Vaccine operations Central Provinces 1868-1885 - 1868-1885
Year: 1868
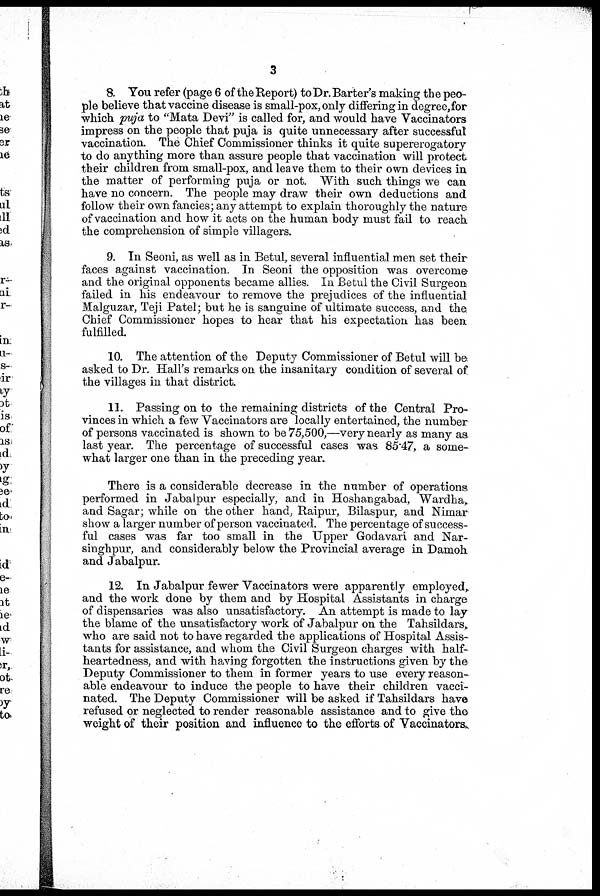
3
8. You refer (page 6 of the Report) to Dr. Barter's making the peo-
ple believe that vaccine disease is small-pox, only differing in degree,for
which puja to "Mata Devi" is called for, and would have Vaccinators
impress on the people that puja is quite unnecessary after successful
vaccination. The Chief Commissioner thinks it quite supererogatory
to do anything more than assure people that vaccination will protect
their children from small-pox, and leave them to their own devices in
the matter of performing puja or not. With such things we can
have no concern. The people may draw their own deductions and
follow their own fancies; any attempt to explain thoroughly the nature
of vaccination and how it acts on the human body must fail to reach
the comprehension of simple villagers.
9. In Seoni, as well as in Betul, several influential men set their
faces against vaccination. In Seoni the opposition was overcome
and the original opponents became allies. In Betul the Civil Surgeon
failed in his endeavour to remove the prejudices of the influential
Malguzar, Teji Patel; but he is sanguine of ultimate success, and the
Chief Commissioner hopes to hear that his expectation has been
fulfilled.
10. The attention of the Deputy Commissioner of Betul will be
asked to Dr. Hall's remarks on the insanitary condition of several of
the villages in that district.
11. Passing on to the remaining districts of the Central Pro-
vinces in which a few Vaccinators are locally entertained, the number
of persons vaccinated is shown to be 75,500,—very nearly as many as
last year. The percentage of successful cases was 85.47, a some-
what larger one than in the preceding year.
There is a considerable decrease in the number of operations
performed in Jabalpur especially, and in Hoshangabad, Wardha,.
and Sagar; while on the other hand, Raipur, Bilaspur, and Nimar
show a larger number of person vaccinated. The percentage of success-
ful cases was far too small in the Upper Godavari and Nar-
singhpur, and considerably below the Provincial average in Damoh
and Jabalpur.
12. In Jabalpur fewer Vaccinators were apparently employed,
and the work done by them and by Hospital Assistants in charge
of dispensaries was also unsatisfactory. An attempt is made to lay
the blame of the unsatisfactory work of Jabalpur on the Tahsildars,
who are said not to have regarded the applications of Hospital Assis-
tants for assistance, and whom the Civil Surgeon charges with half-
heartedness, and with having forgotten the instructions given by the
Deputy Commissioner to them in former years to use every reason-
able endeavour to induce the people to have their children vacci-
nated. The Deputy Commissioner will be asked if Tahsildars have
refused or neglected to render reasonable assistance and to give the
weight of their position and influence to the efforts of Vaccinators.